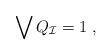
LaTeX: \begin{align*}\bigvee Q_{\mathcal{I}} &= 1\;,\end{align*}